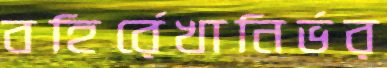
বহির্রেখানির্ভর